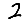
Digit: 2